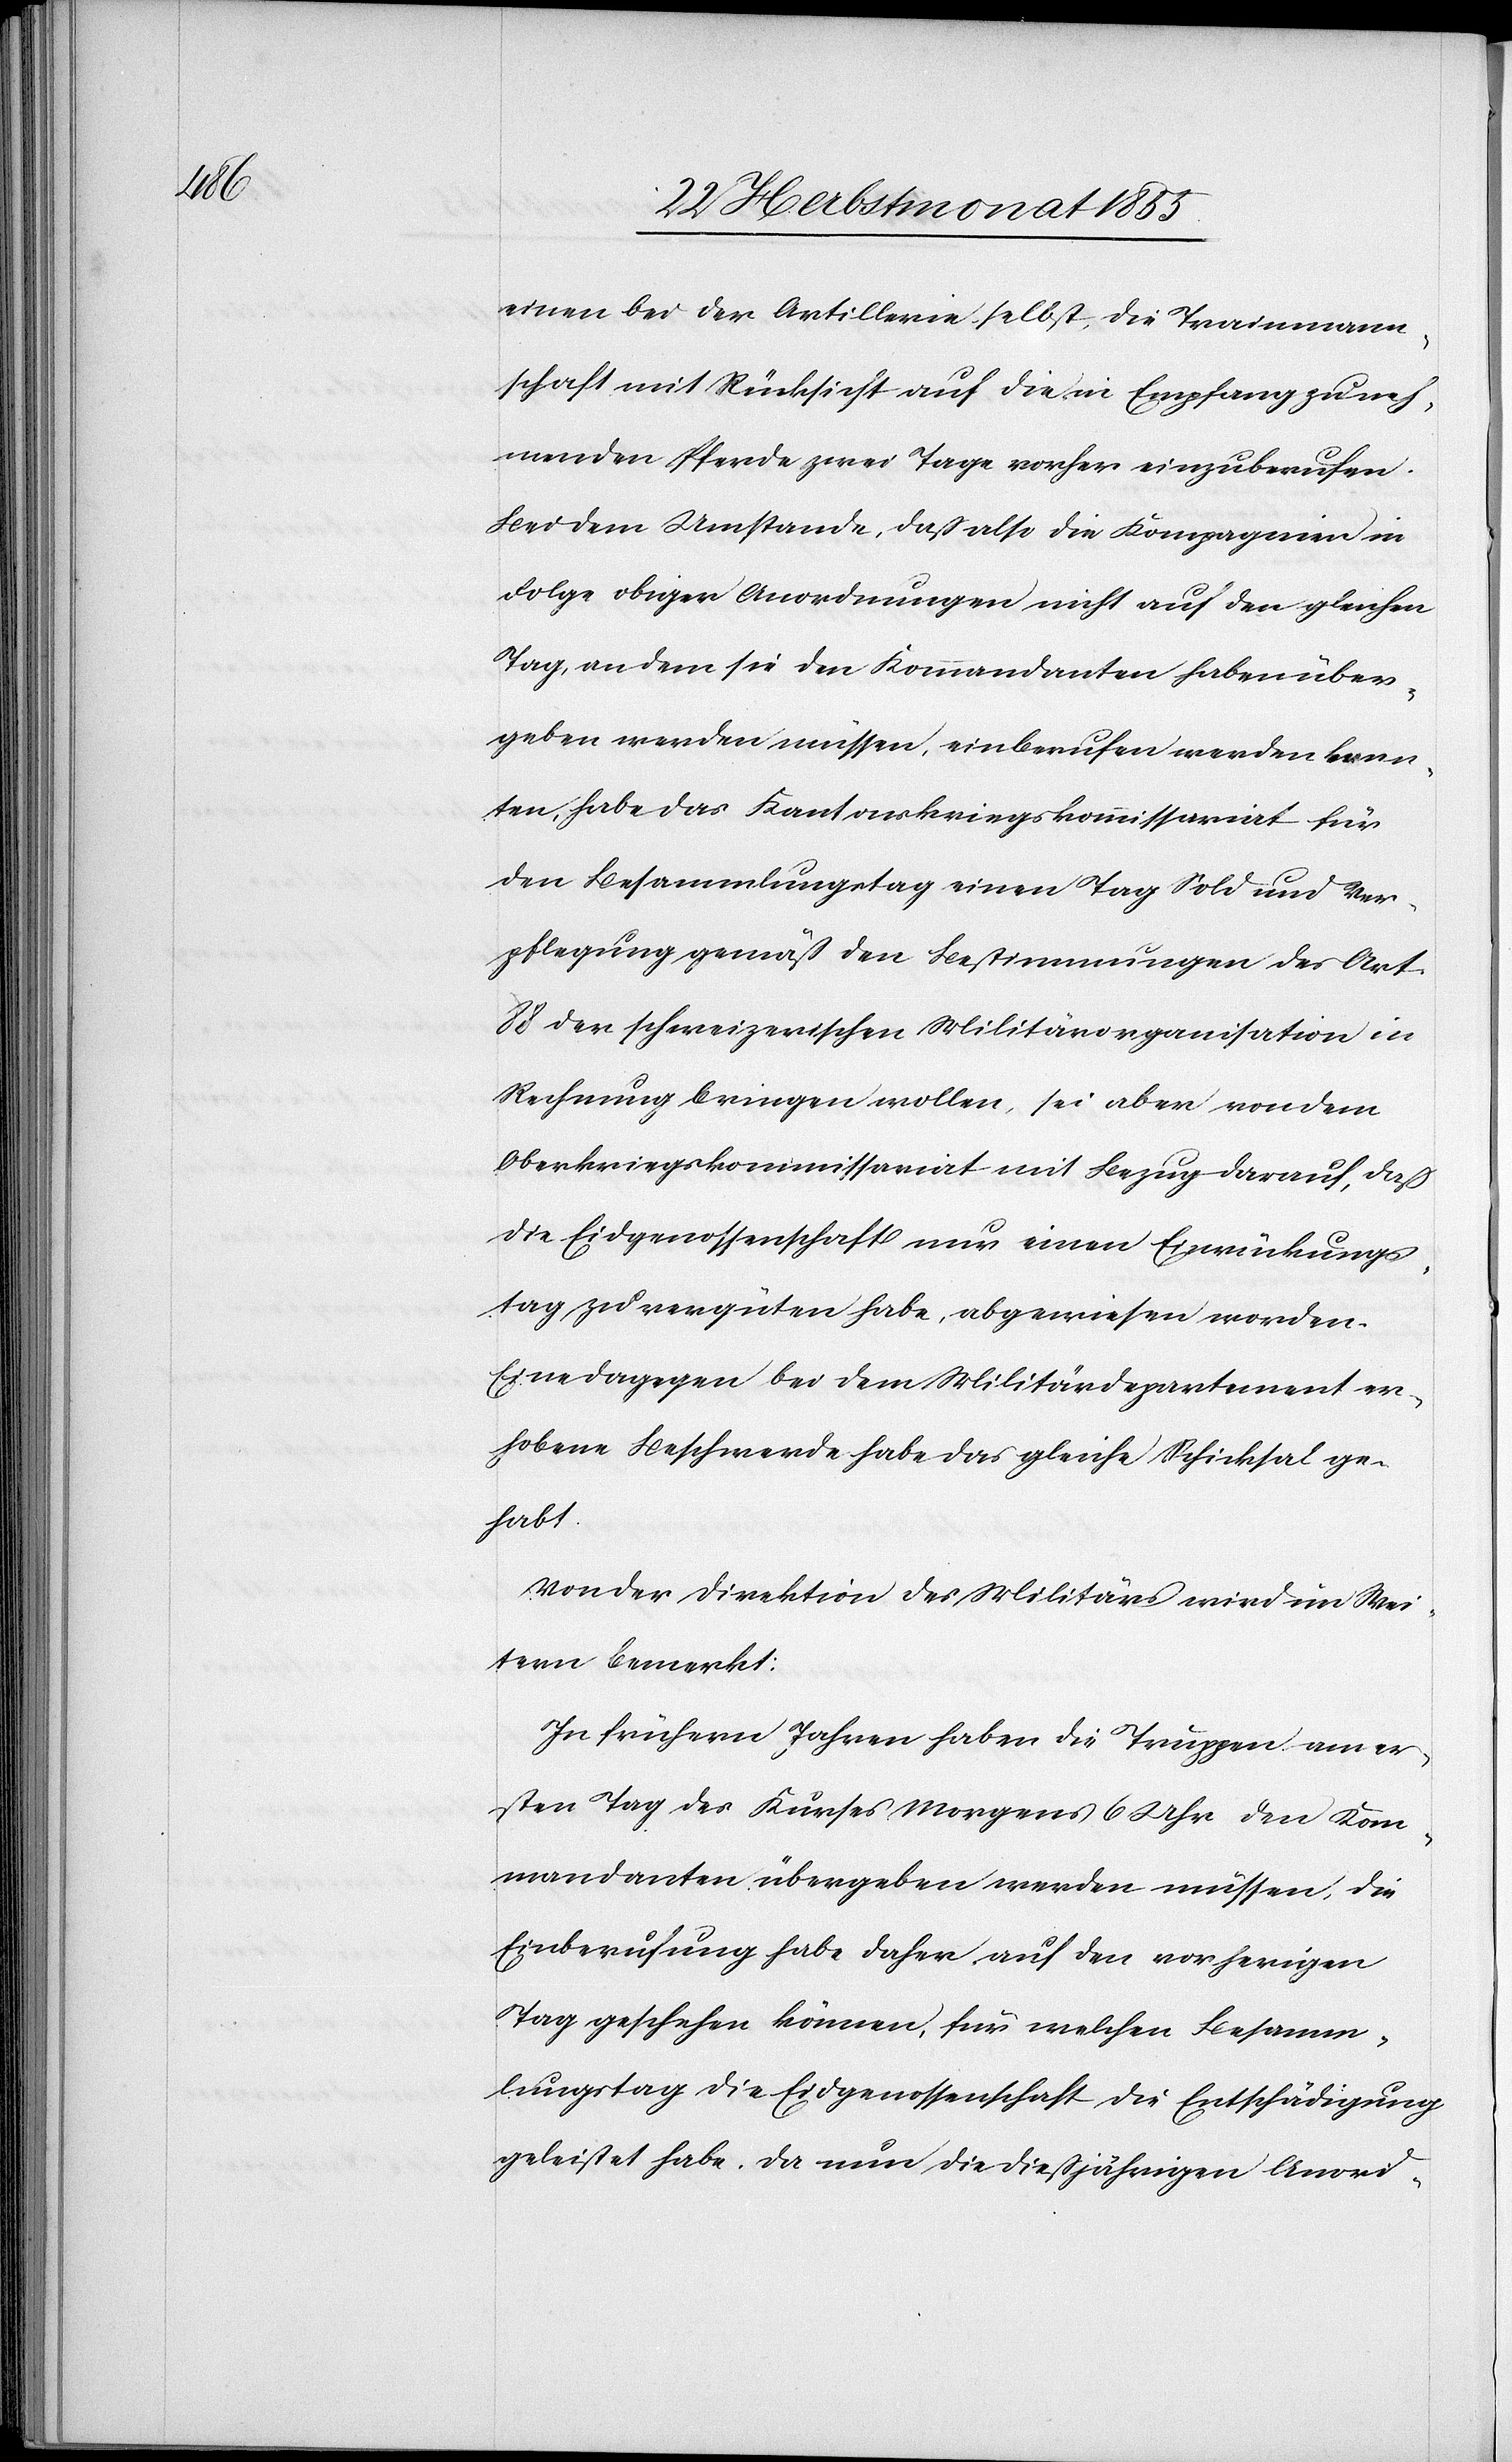
einen bei der Artillerie selbst, die Trainmann¬
schaft mit Rücksicht auf die in Empfang zu neh¬
menden Pferde zwei Tage vorher einzuberufen.
Bei dem Umstande, daß also die Kompagnien in
Folge obiger Anordnungen nicht auf den gleichen
Tag, an dem sie den Kommandanten haben über¬
geben werden müssen, einberufen werden konn¬
ten, habe das Kantonskriegskommissariat für
den Besammlungstag einen Tag Sold und Ver¬
pflegung gemäß den Bestimmungen des Art.
88 der schweizerischen Militärorganisation in
Rechnung bringen wollen, sei aber von dem
Oberkriegskommissariat mit Bezug darauf, daß
die Eidgenossenschaft nur einen Einrückungs¬
tag zu vergüten habe, abgewiesen worden.
Eine dagegen bei dem Militärdepartement er¬
hobene Beschwerde habe das gleiche Schicksal ge¬
habt.
Von der Direktion des Militärs wird im Wei¬
tern bemerkt:
In frühern Jahren haben die Truppen am er¬
sten Tag des Kurses Morgens 6 Uhr den Kom¬
mandanten übergeben werden müssen, die
Einberufung habe daher auf den vorherigen
Tag geschehen können, für welchen Besamm¬
lungstag die Eidgenossenschaft die Entschädigung
geleistet habe. Da nun die dießjährigen Anord-